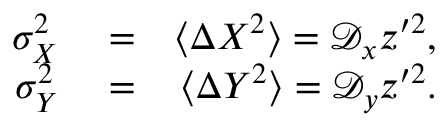
\begin{array} { r l r } { \sigma _ { X } ^ { 2 } } & { { } = } & { \langle \Delta X ^ { 2 } \rangle = \mathcal { D } _ { x } z ^ { \prime 2 } , } \\ { \sigma _ { Y } ^ { 2 } } & { { } = } & { \langle \Delta Y ^ { 2 } \rangle = \mathcal { D } _ { y } z ^ { \prime 2 } . } \end{array}